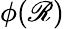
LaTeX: \phi(\mathscr{R})